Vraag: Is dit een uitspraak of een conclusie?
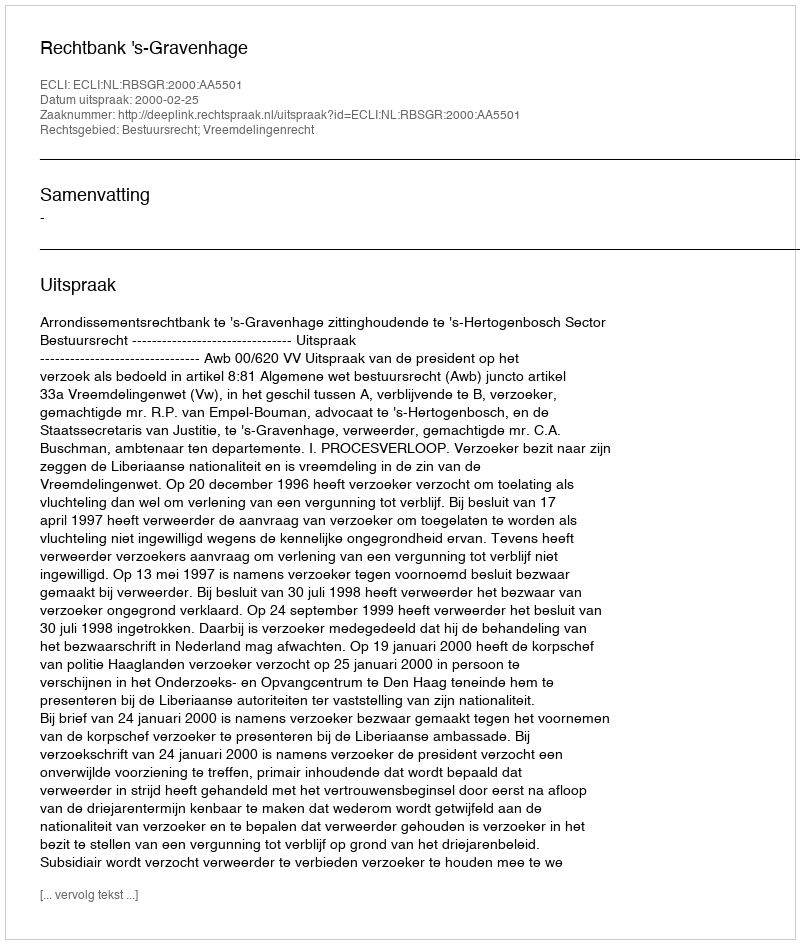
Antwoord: Uitspraak